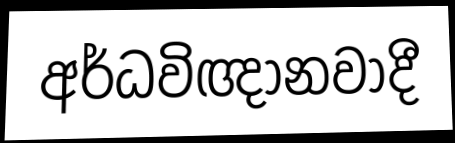
අර්ධවිඥානවාදී